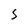
Character: S